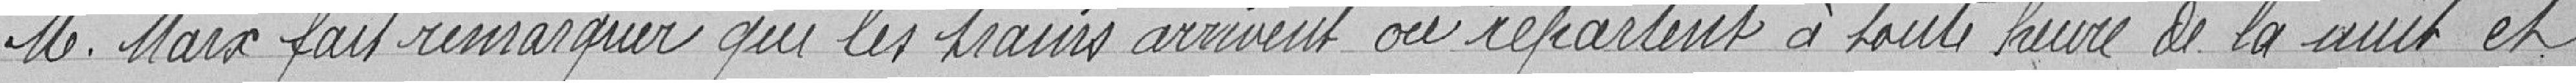
M. Marx fait remarquer que les trains arrivent ou repartent à toute heure de la nuit et